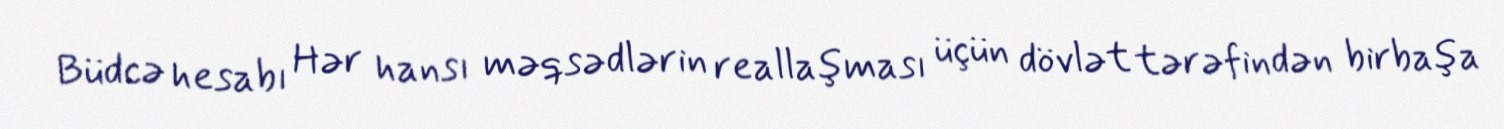
Büdcə hesabı Hər hansı məqsədlərin reallaşması üçün dövlət tərəfindən birbaşa